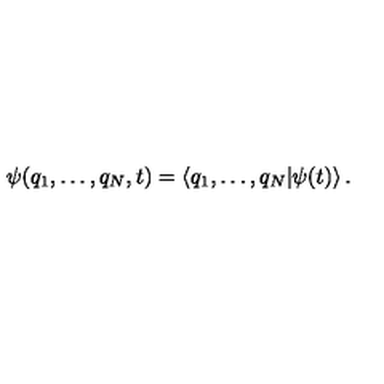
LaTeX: \psi ( q _ { 1 } , \dots , q _ { N } , t ) = \left< q _ { 1 } , \dots , q _ { N } | \psi ( t ) \right> .